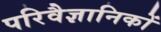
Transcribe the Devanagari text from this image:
परिवैज्ञानिकों